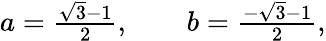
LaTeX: \begin{array}{r}{a=\frac{\sqrt{3}-1}{2},\qquad b=\frac{-\sqrt{3}-1}{2},}\end{array}